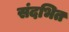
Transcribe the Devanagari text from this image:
संदभित